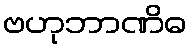
ဗဟုဘာဏိဓ